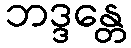
ဘဒ္ဒန္တေ